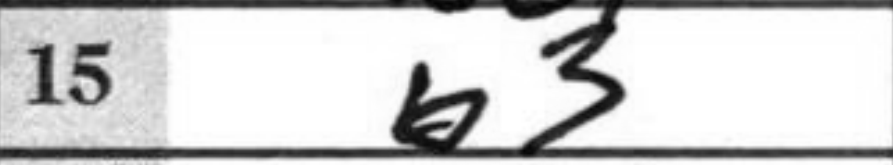
Transcription: b3